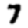
Digit: 7